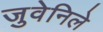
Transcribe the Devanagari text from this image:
जुवेनिले